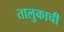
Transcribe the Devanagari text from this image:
तालुकाची